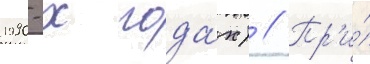
1990-х года́х) // Пр'и́